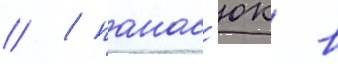
// / панас'юк в